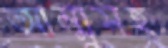
আম্মুসহ